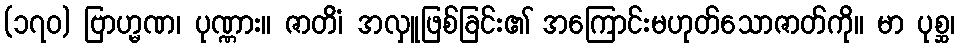
(၁၇၀) ဗြာဟ္မဏ၊ ပုဏ္ဏား။ ဇာတိံ၊ အလှူဖြစ်ခြင်း၏ အကြောင်းမဟုတ်သောဇာတ်ကို။ မာ ပုစ္ဆ၊